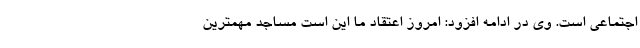
اجتماعی است. وی در ادامه افزود: امروز اعتقاد ما این است مساجد مهمترین